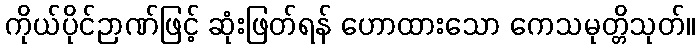
ကိုယ်ပိုင်ဉာဏ်ဖြင့် ဆုံးဖြတ်ရန် ဟောထားသော ကေသမုတ္တိသုတ်။